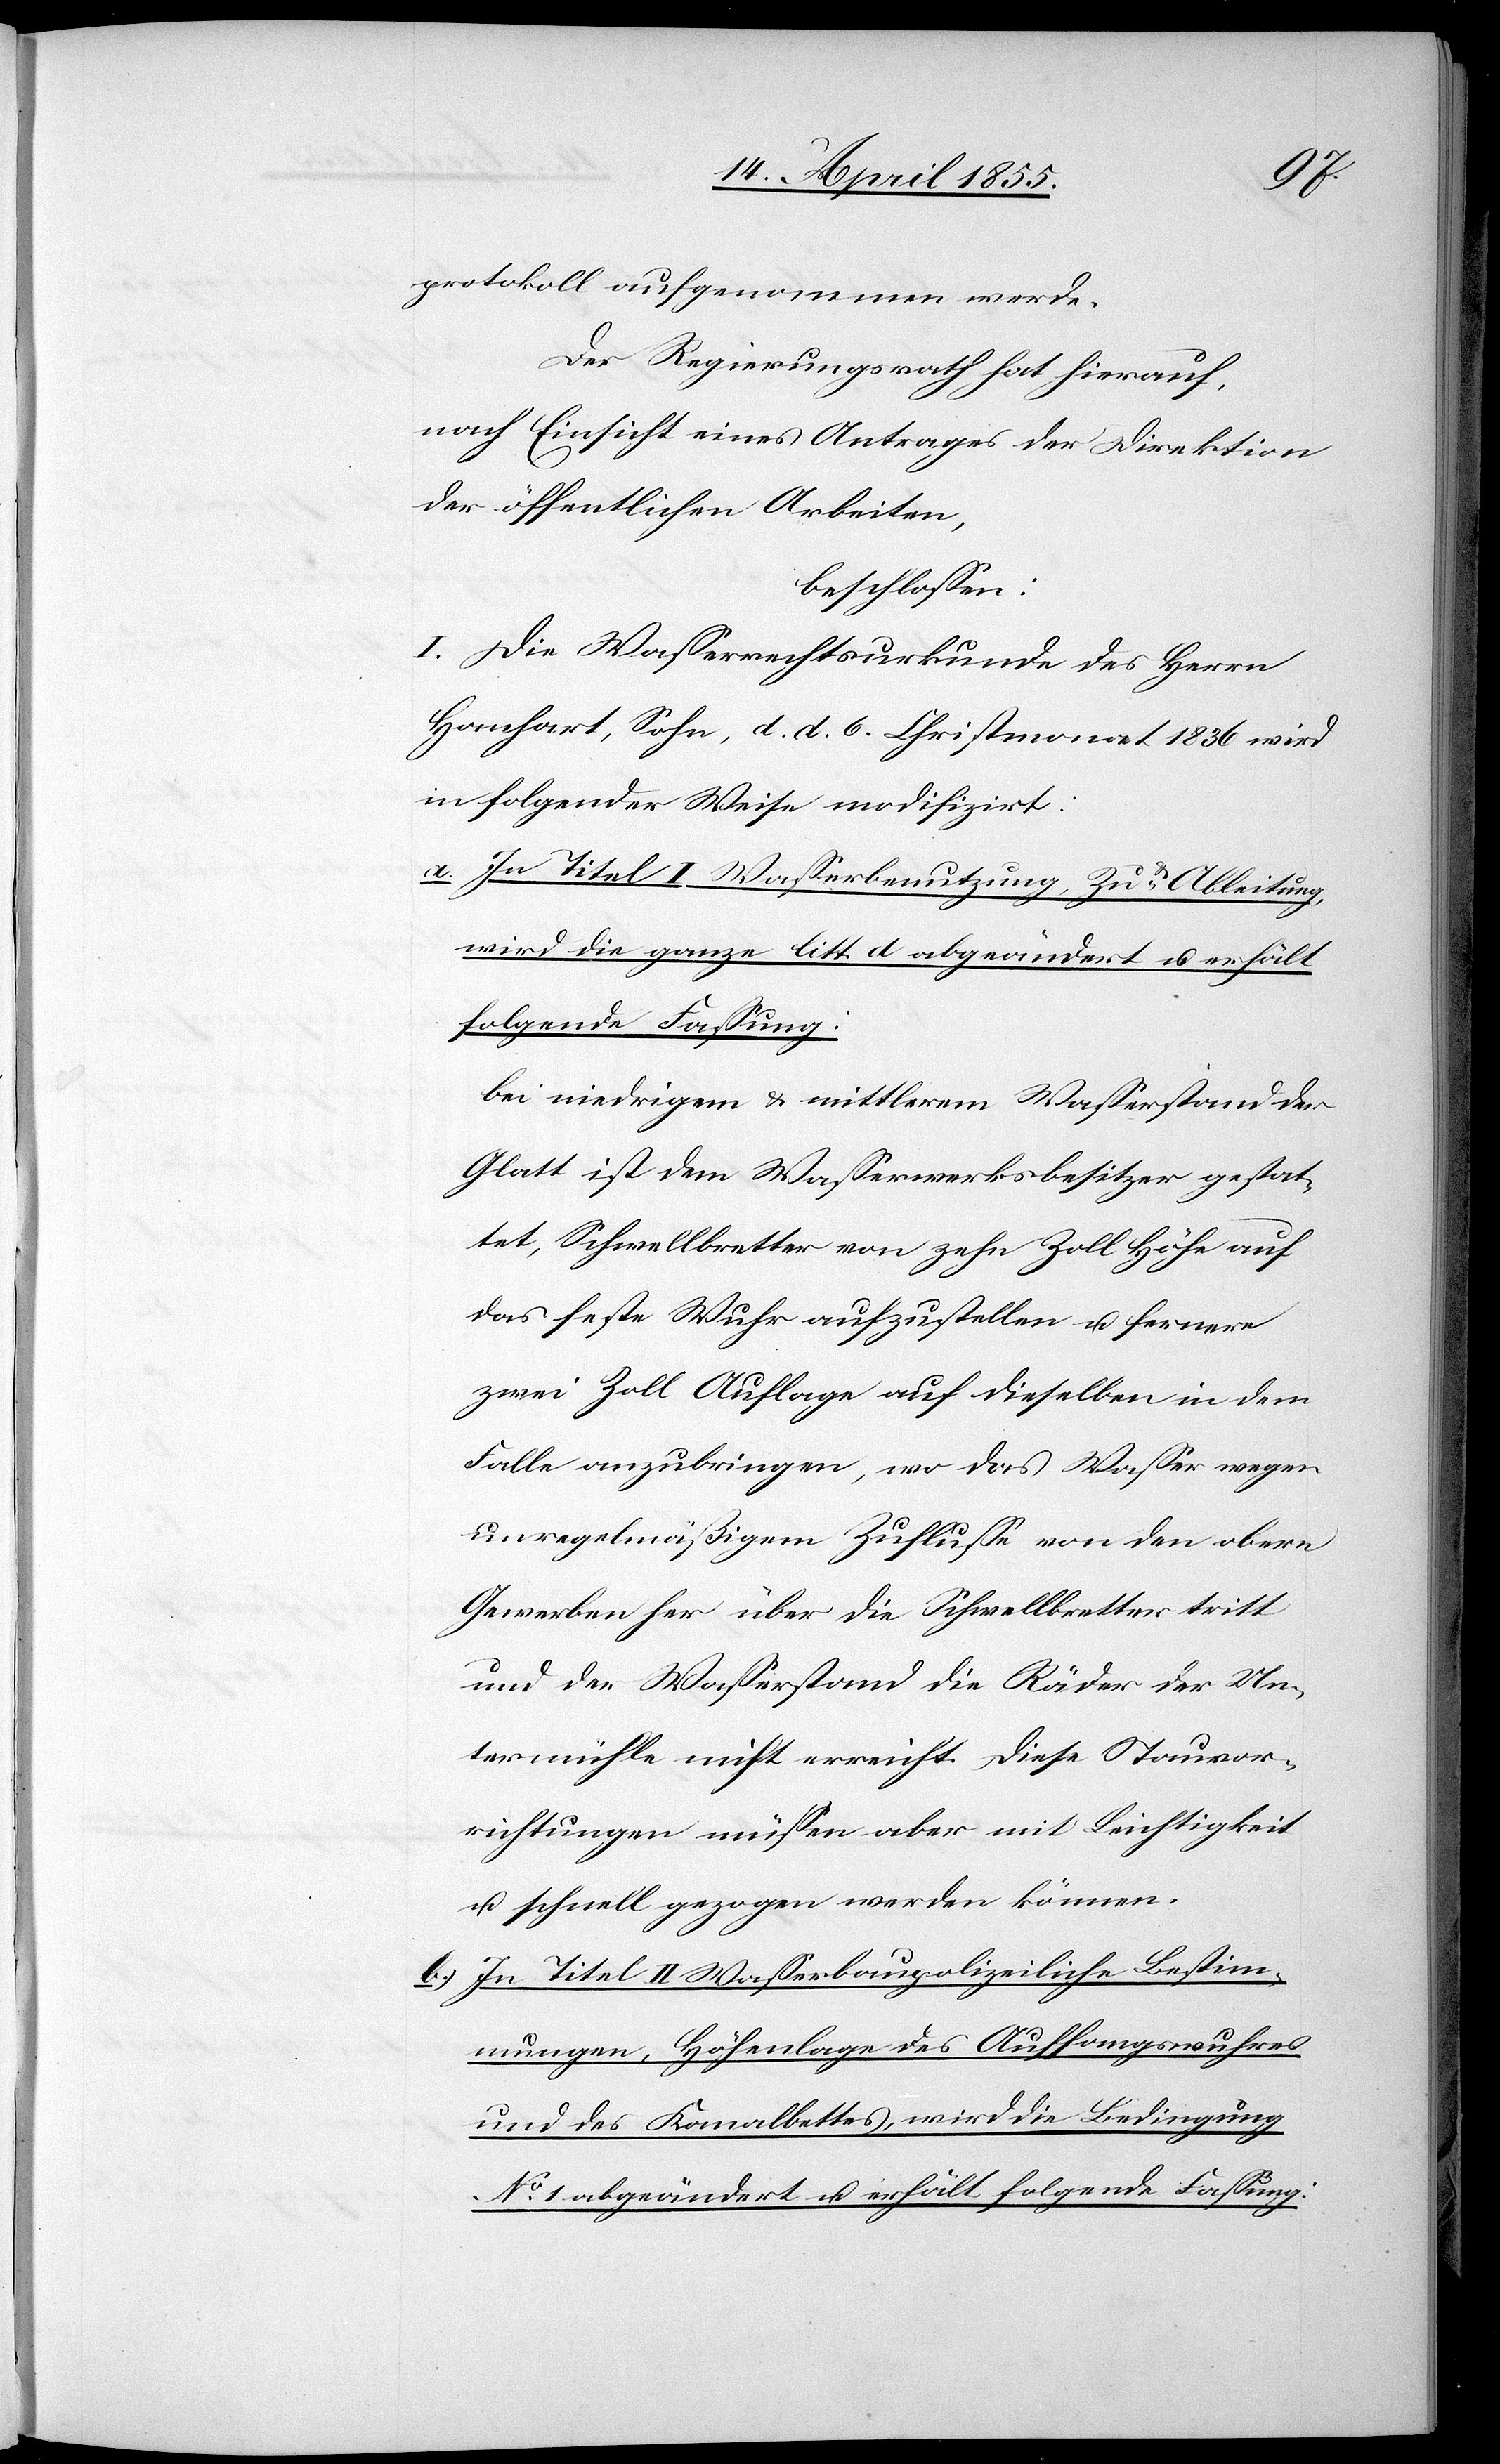
protokoll aufgenommen werde.
Der Regierungsrath hat hierauf,
nach Einsicht eines Antrages der Direktion
der öffentlichen Arbeiten,
beschlossen:
I. Die Wasserrechtsurkunde des Herrn
Hanhart, Sohn, d. d. 6. Christmonat 1836 wird
in folgender Weise modifizirt:
In Titel I Wasserbenutzung, Zu- & Ableitung,
wird die ganze litt. d abgeändert u. erhält
folgende Fassung:
bei niedrigem & mittlerem Wasserstand der
Glatt ist dem Wasserwerksbesitzer gestat¬
tet, Schwellbretter von zehn Zoll Höhe auf
das feste Wuhr aufzustellen u. fernere
zwei Zoll Auflage auf dieselben in dem
Falle anzubringen, wo das Wasser wegen
unregelmäßigem Zuflusse von den obern
Gewerben her über die Schwellbretter tritt
und der Wasserstand die Räder der Un¬
termühle nicht erreicht. Diese Stauvor¬
richtungen müssen aber mit Leichtigkeit
u. schnell gezogen werden können.
In Titel II Wasserbaupolizeiliche Bestim¬
mungen, Höhenlage des Auffangswuhres
und des Kanalbettes, wird die Bedingung
No 1 abgeändert u. erhält folgende Fassung: